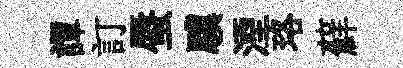
譚訂蜃驥湮珞蘚